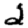
Digit: 2